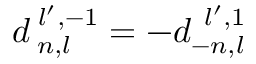
d _ { \; n , l } ^ { \; l ^ { \prime } , - 1 } = - d _ { - n , l } ^ { \ l ^ { \prime } , 1 }